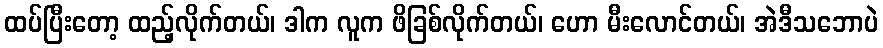
ထပ်ပြီးတော့ ထည့်လိုက်တယ်၊ ဒါက လူက ဖိခြစ်လိုက်တယ်၊ ဟော မီးလောင်တယ်၊ အဲဒီသဘောပဲ